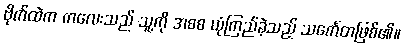
ဗိုက်ထဲက ကလေးသည် သူ့ကို အစစ ယုံကြည်ခဲ့သည့် သင်္ကေတဖြစ်၏။